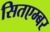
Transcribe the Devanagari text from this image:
सितएम्बर